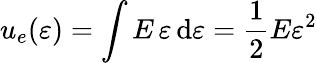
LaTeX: u_{e}(\varepsilon)=\int{E\, \varepsilon}\, \mathrm{d}\varepsilon={\frac{{1}}{{2}}}E{\varepsilon}^{2}